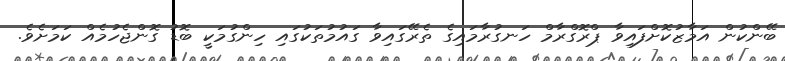
ބޭންކުން އަމާޒުކޮށްފައިވާ ޕްރޮގްރާމް ހަނގުރާމައިގެ ތެރޭގައިވާ ގައުމުތަކުގައި ހިންގުމަކީ ބޮޑު ގޮންޖެހުމެއް ކަމަށެވެ.